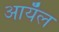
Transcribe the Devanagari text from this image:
आयँल